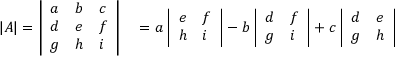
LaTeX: \begin{array} { r l } { | A | = { \left| \begin{array} { l l l } { a } & { b } & { c } \\ { d } & { e } & { f } \\ { g } & { h } & { i } \end{array} \right| } } & { { } = a \, { \left| \begin{array} { l l } { e } & { f } \\ { h } & { i } \end{array} \right| } - b \, { \left| \begin{array} { l l } { d } & { f } \\ { g } & { i } \end{array} \right| } + c \, { \left| \begin{array} { l l } { d } & { e } \\ { g } & { h } \end{array} \right| } } \end{array}